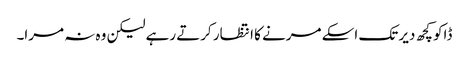
ڈاکو کچھ دیر تک اسکے مرنے کا انتظار کرتے رہے لیکن وہ نہ مرا۔